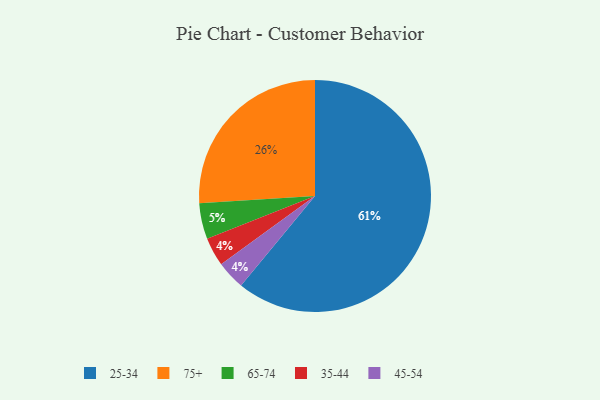
{"axis": {"x": "Category", "y": "Percentage"}, "legend": ["25-34", "35-44", "45-54", "65-74", "75+"], "data": [{"x": "75+", "y": 26, "type": "75+"}, {"x": "25-34", "y": 61, "type": "25-34"}, {"x": "65-74", "y": 5, "type": "65-74"}, {"x": "35-44", "y": 4, "type": "35-44"}, {"x": "45-54", "y": 4, "type": "45-54"}]}